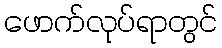
ဖောက်လုပ်ရာတွင်